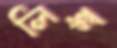
লিঙ্ক